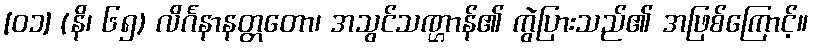
[၀၁] (နိ၊ ၆၅) လိင်္ဂနာနတ္တတော၊ အသွင်သဏ္ဌာန်၏ ကွဲပြားသည်၏ အဖြစ်ကြောင့်။